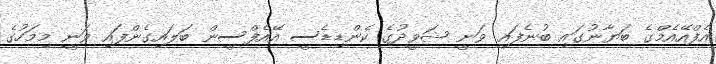
އެފްއޭއެމްގެ ބަޔާނުގައި ބުނެފައި ވަނީ ޝަވީދުގެ ކެންޑިޑެސީ އޭއެފްސީން ބަލައިގެންފައި ވަނީ މިމަހުގެ